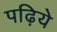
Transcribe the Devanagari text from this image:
पढ़िये